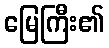
မြေကြီး၏